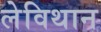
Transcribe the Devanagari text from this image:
लेविथान